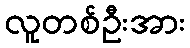
လူတစ်ဦးအား